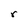
Character: r